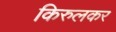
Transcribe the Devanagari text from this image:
किरुलकर